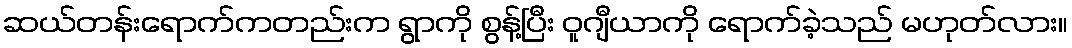
ဆယ်တန်းရောက်ကတည်းက ရွာကို စွန့်ပြီး ဝူဂျီယာကို ရောက်ခဲ့သည် မဟုတ်လား။